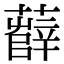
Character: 𧀼